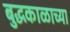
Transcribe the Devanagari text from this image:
बुद्धकाळाच्या